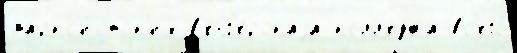
маркс'и́стск'их в'енг'е́рскаjа колл'еджа вс'его́